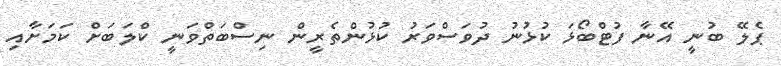
ޕެލޭ ބުނީ އޭނާ ފުޓްބޯޅަ ކުޅުނު ދުވަސްވަރު ކުޅުންތެރީން ނިސްބަތްވަނީ ކްލަބަށް ކަމަށާއި